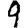
Digit: 9